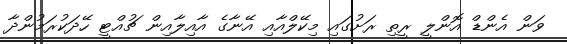
ވަން އެންޑް އޮންލީ ރީތި ރަށުގައި މިކޭލްއާއި އޭނާގެ އާއިލާއިން ޗުއްޓީ ހޭދަކުރަމުންދާ